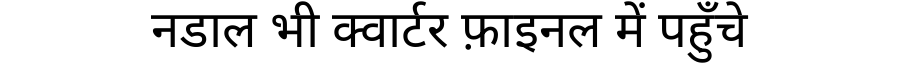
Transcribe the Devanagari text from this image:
नडाल भी क्वार्टर फ़ाइनल में पहुँचे